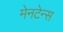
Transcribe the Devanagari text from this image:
मेनटेन्स